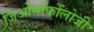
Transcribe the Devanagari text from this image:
जिओमॉर्फोलोजी